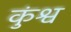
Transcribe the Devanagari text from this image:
कुंश्व